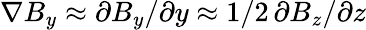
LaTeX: \nabla B_{y}\approx\partial B_{y}/\partial y\approx 1/2\, \partial B_{z}/\partial z